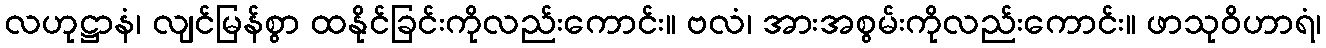
လဟုဋ္ဌာနံ၊ လျင်မြန်စွာ ထနိုင်ခြင်းကိုလည်းကောင်း။ ဗလံ၊ အားအစွမ်းကိုလည်းကောင်း။ ဖာသုဝိဟာရံ၊